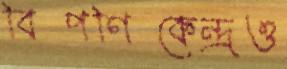
বিপণিকেন্দ্রও